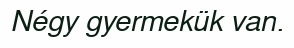
Négy gyermekük van.